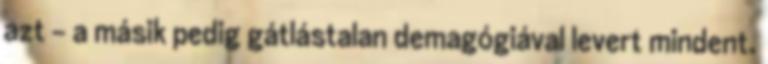
azt – a másik pedig gátlástalan demagógiával levert mindent.